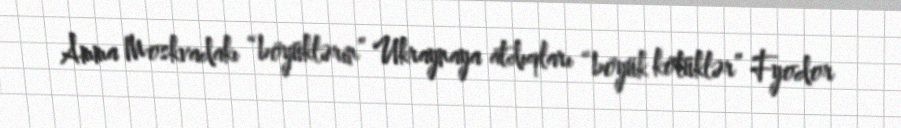
Amma Moskvadakı “böyüklərin” Ukraynaya atdıqları “böyük kötüklər” Fyodor